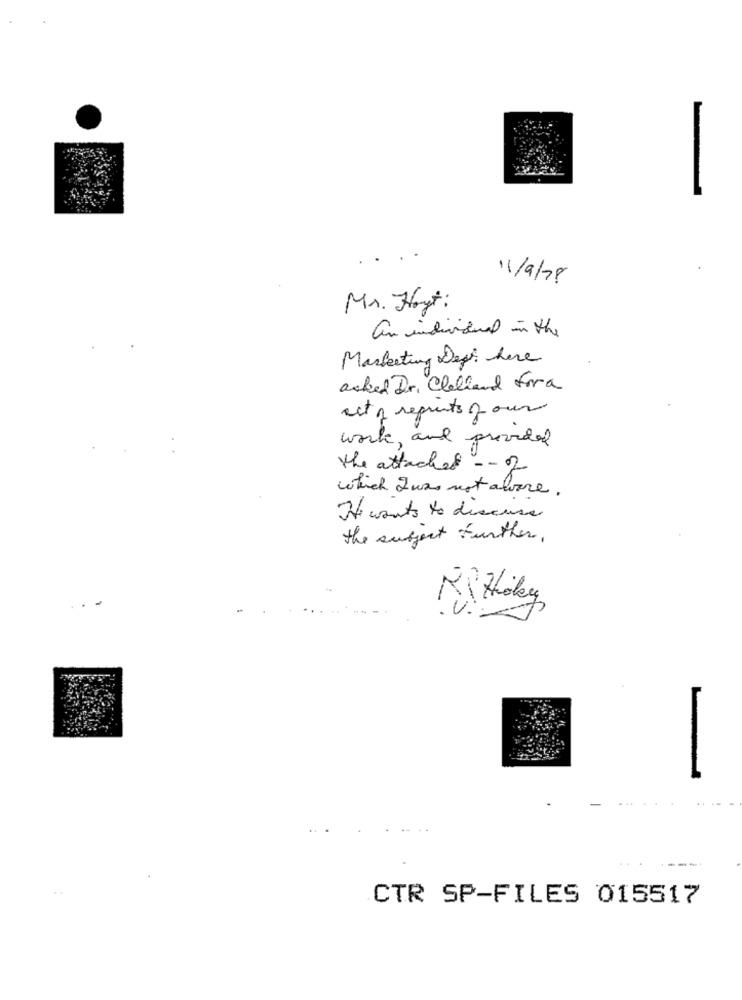
11/9/78
Mr. Hogt:
an individual in the
Marketing Dept here
asked Dr. Clelland fora
act of reprints of our
work, and provided
the attached -- of
which Iwas not alone .
He wants to discuss
the subject further.
Rithokey
CTR SP-FILES 015517